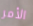
الأمر